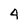
Character: 4